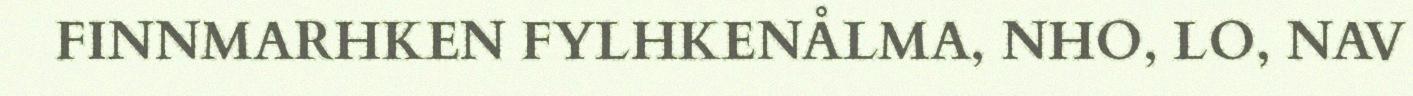
FINNMARHKEN FYLHKENÅLMA, NHO, LO, NAV